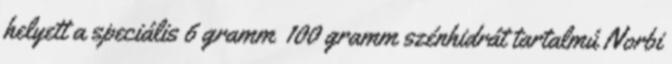
helyett a speciális 6 gramm 100 gramm szénhidrát tartalmú Norbi